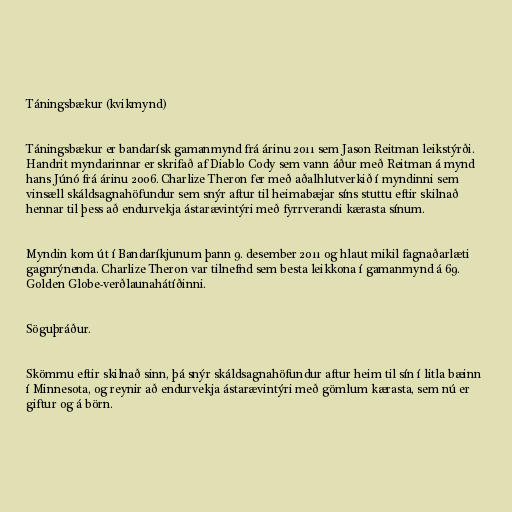
Táningsbækur (kvikmynd)

Táningsbækur er bandarísk gamanmynd frá árinu 2011 sem Jason Reitman leikstýrði.
Handrit myndarinnar er skrifað af Diablo Cody sem vann áður með Reitman á mynd
hans Júnó frá árinu 2006. Charlize Theron fer með aðalhlutverkið í myndinni sem
vinsæll skáldsagnahöfundur sem snýr aftur til heimabæjar síns stuttu eftir skilnað
hennar til þess að endurvekja ástarævintýri með fyrrverandi kærasta sínum.

Myndin kom út í Bandaríkjunum þann 9. desember 2011 og hlaut mikil fagnaðarlæti
gagnrýnenda. Charlize Theron var tilnefnd sem besta leikkona í gamanmynd á 69.
Golden Globe-verðlaunahátíðinni.

Söguþráður.

Skömmu eftir skilnað sinn, þá snýr skáldsagnahöfundur aftur heim til sín í litla bæinn
í Minnesota, og reynir að endurvekja ástarævintýri með gömlum kærasta, sem nú er
giftur og á börn.